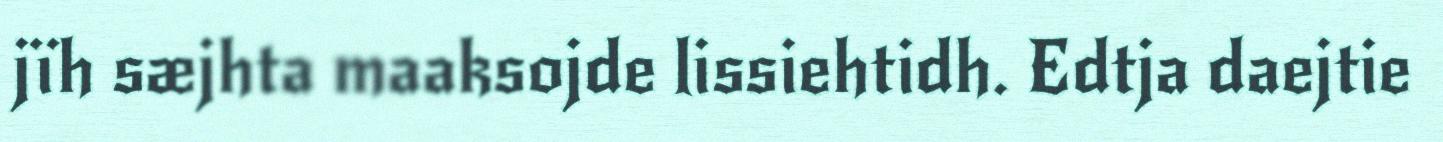
jïh sæjhta maaksojde lissiehtidh. Edtja daejtie